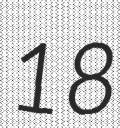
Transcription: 18